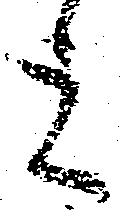
上